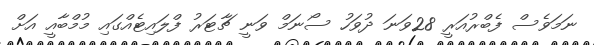
ނަމަވެސް ފެބްރުއަރީ 28ވަނަ ދުވަހު ސޯނަމް ވަނީ ޗާޓަރު ފްލައިޓެއްގައި މުމްބާއީ އަށް